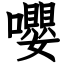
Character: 嚶